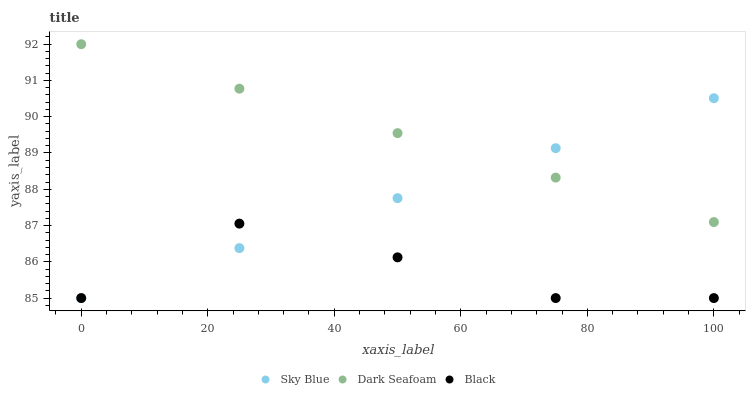
| xaxis_label | Sky Blue | Dark Seafoam | Black |
 | --- | --- | --- | --- |
 | 0 | 85 | 92 | 85 |
 | 25 | 86.4 | 90.8 | 87.1 |
 | 50 | 87.8 | 89.5 | 86.1 |
 | 75 | 89.1 | 88.3 | 85 |
 | 100 | 90.5 | 87.1 | 85 |